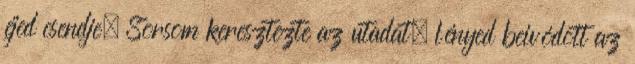
éjed csendje. Sorsom keresztezte az utadat, lényed beivódott az